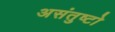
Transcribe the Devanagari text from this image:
असंतुष्टो